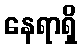
နေရာရှိ